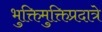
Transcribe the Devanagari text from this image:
भुक्तिमुक्तिप्रदात्रे